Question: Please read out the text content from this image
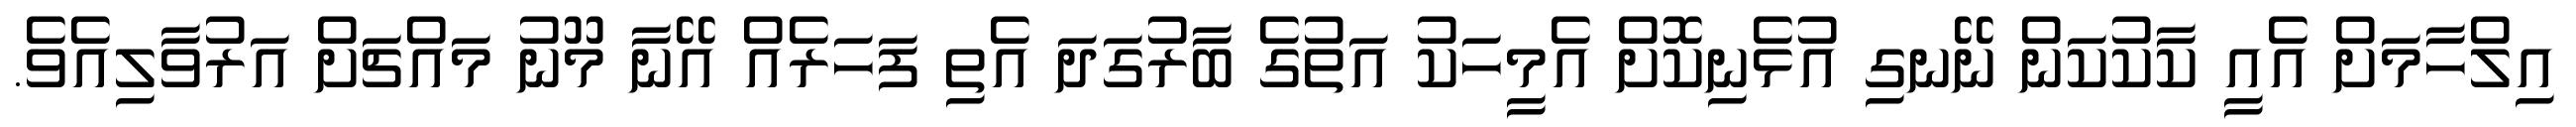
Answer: އިލްހާމަށް އެއީ ކާކުކަން ނޭނގި އުޅެނިކޮށް އެމީހަކު އަތުގެ ބާރުގަދަ އެތި ފަހަރެއް އޭނާ މޫނު މައްޗަށް އަރުވާލިއެވެ.